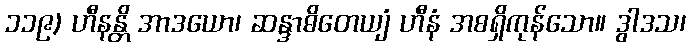
၁၁၉) ဟီနန္တိ အာဒယော၊ ဆန္ဒာဓိတေယျံ ဟီနံ အစရှိကုန်သော။ ဒွါဒသ၊